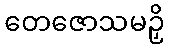
တေဇောသမဉှိ